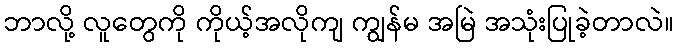
ဘာလို့ လူတွေကို ကိုယ့်အလိုကျ ကျွန်မ အမြဲ အသုံးပြုခဲ့တာလဲ။